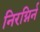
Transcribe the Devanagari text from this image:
निरग्निर्न